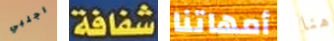
اجلبي شفافة أمهاتنا هنا